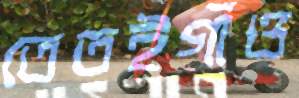
তেতইগাঁও